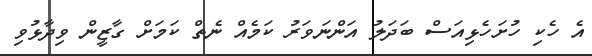
އެ ހެކި ހުށަހެޅިއަސް ބަދަލު އަންނަވަރު ކަމެއް ނެތް ކަމަށް ގާޒީން ވިދާޅުވި